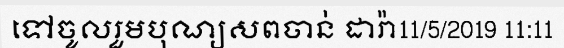
ទៅចូលរួមបុណ្យសពចាន់ ដារ៉ា11/5/2019 11:11